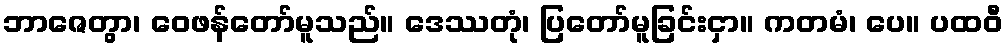
ဘာဇေတွာ၊ ဝေဖန်တော်မူသည်။ ဒေဿတုံ၊ ပြတော်မူခြင်းငှာ။ ကတမံ၊ ပေ။ ပထဝီ